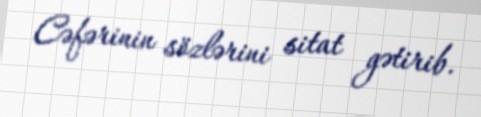
Cəfərinin sözlərini sitat gətirib.